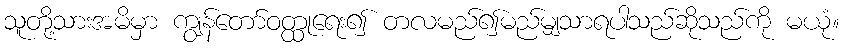
သူတို့သားအမိမှာ ကျွန်တော်ဝတ္ထုရေး၍ တလမည်၍မည်မျှသာရပါသည်ဆိုသည်ကို မယုံ။